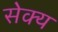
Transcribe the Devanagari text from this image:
सेक्य